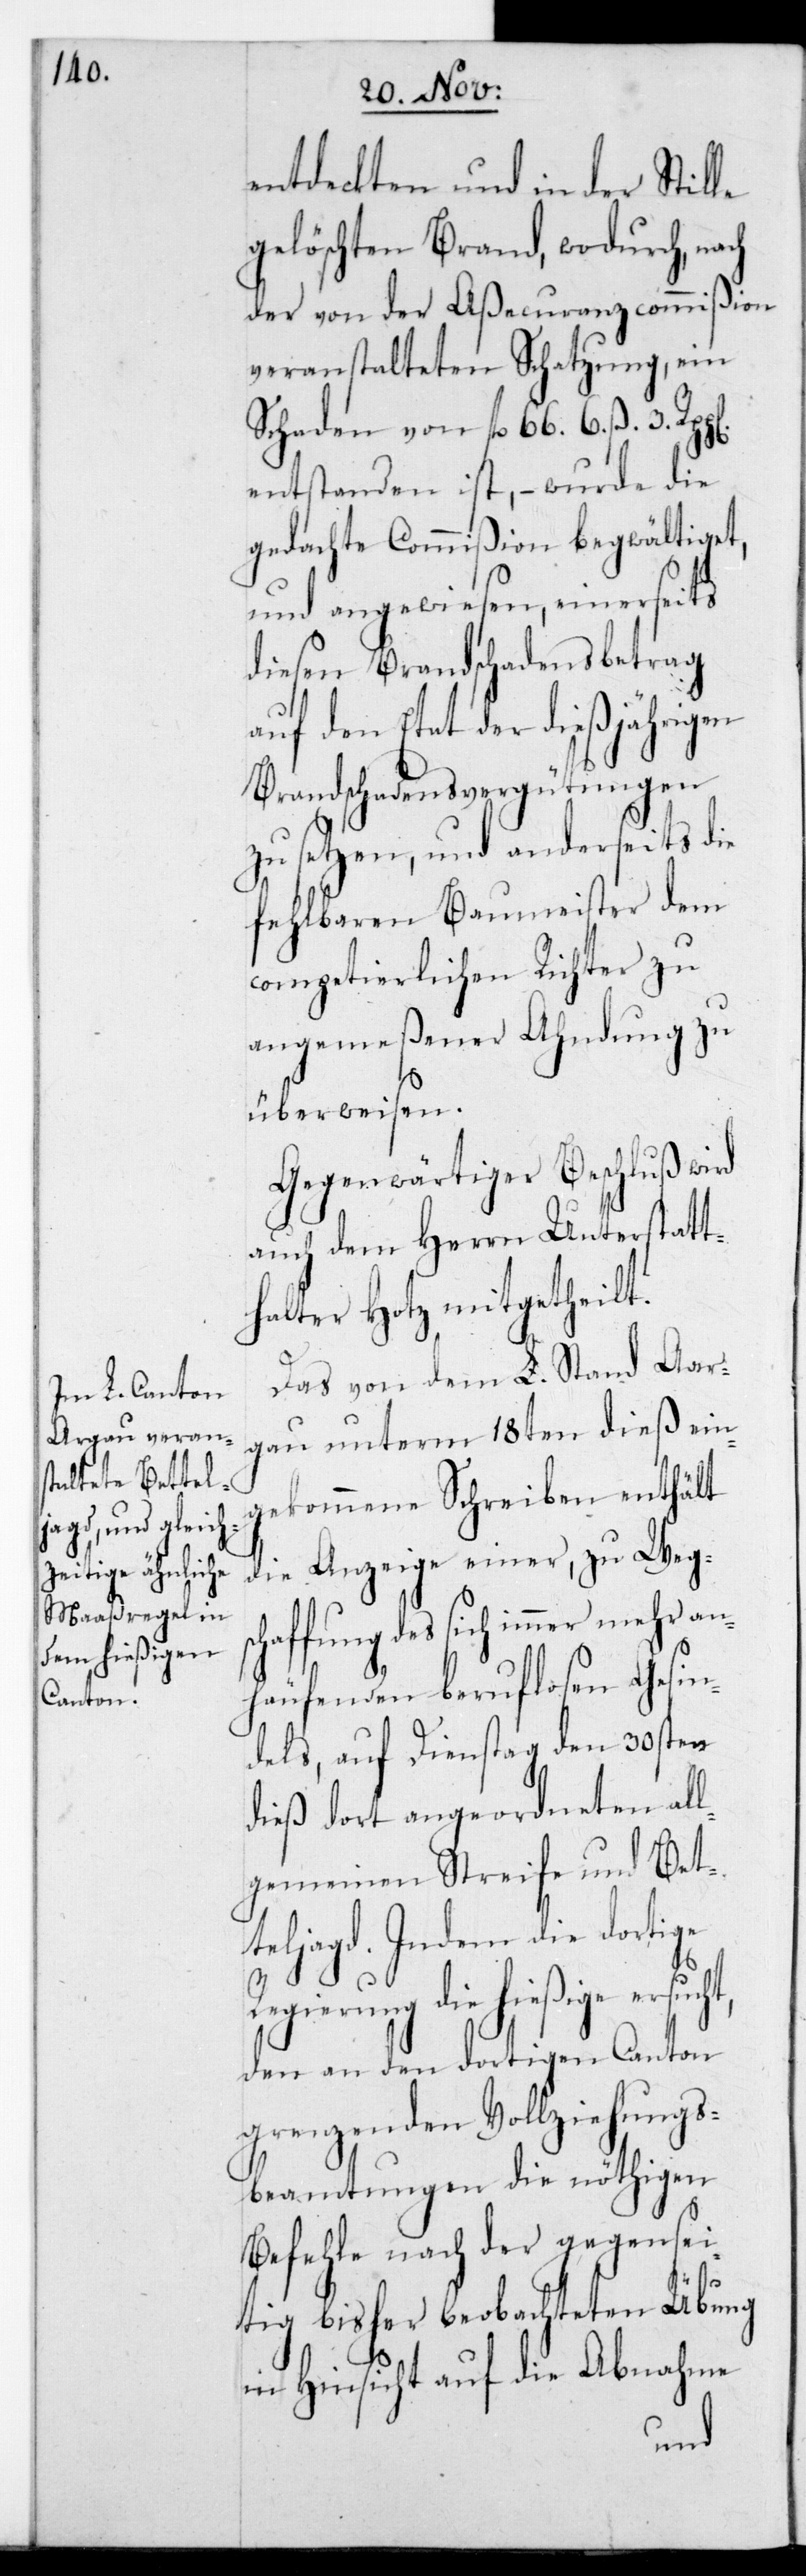
entdeckten und in der Stille
gelöschten Brand, wodurch nach
der von der Aßecuranzcommißion
veranstalteten Schatzung, ein
Schaden von fl. 66. 6. ß. 3.
entstanden ist, – wurde die
gedachte Commißion begwältiget
und angewiesen, einerseits
diesen Brandschadensbetrag
auf den Etat der dießjährigen
Brandschadensvergütungen
zu setzen, und anderseits die
fehlbaren Baumeister dem
competierlichen Richter zu
angemeßener Ahndung zu
überweisen.
Gegenwärtiger Beschluß wird
auch dem Herrn Unterstatt¬
halter Hotz mitgetheilt.
Das von dem L. Stand Aar¬
gau unterm 18ten dieß ein¬
gekommene Schreiben enthält
die Anzeige einer, zu Wegs¬
chaffung des sich immer mehr an¬
häufenden beruflosen Gesin¬
dels, auf Dienstag den 30sten
dieß dort angeordneten all¬
gemeinen Streife und Bet¬
teljagd. Indem die dortige
Regierung die hießige ersucht,
den an den dortigen Canton
grenzenden Vollziehungs¬
beamtungen die nöthigen
Befehle nach der gegensei¬
tig bisher beobachteten Übung
in Hinsicht auf die Abnahme